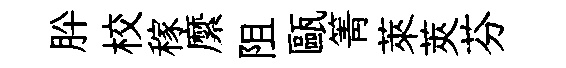
肸校稼縻阻甌箐萊莢芬